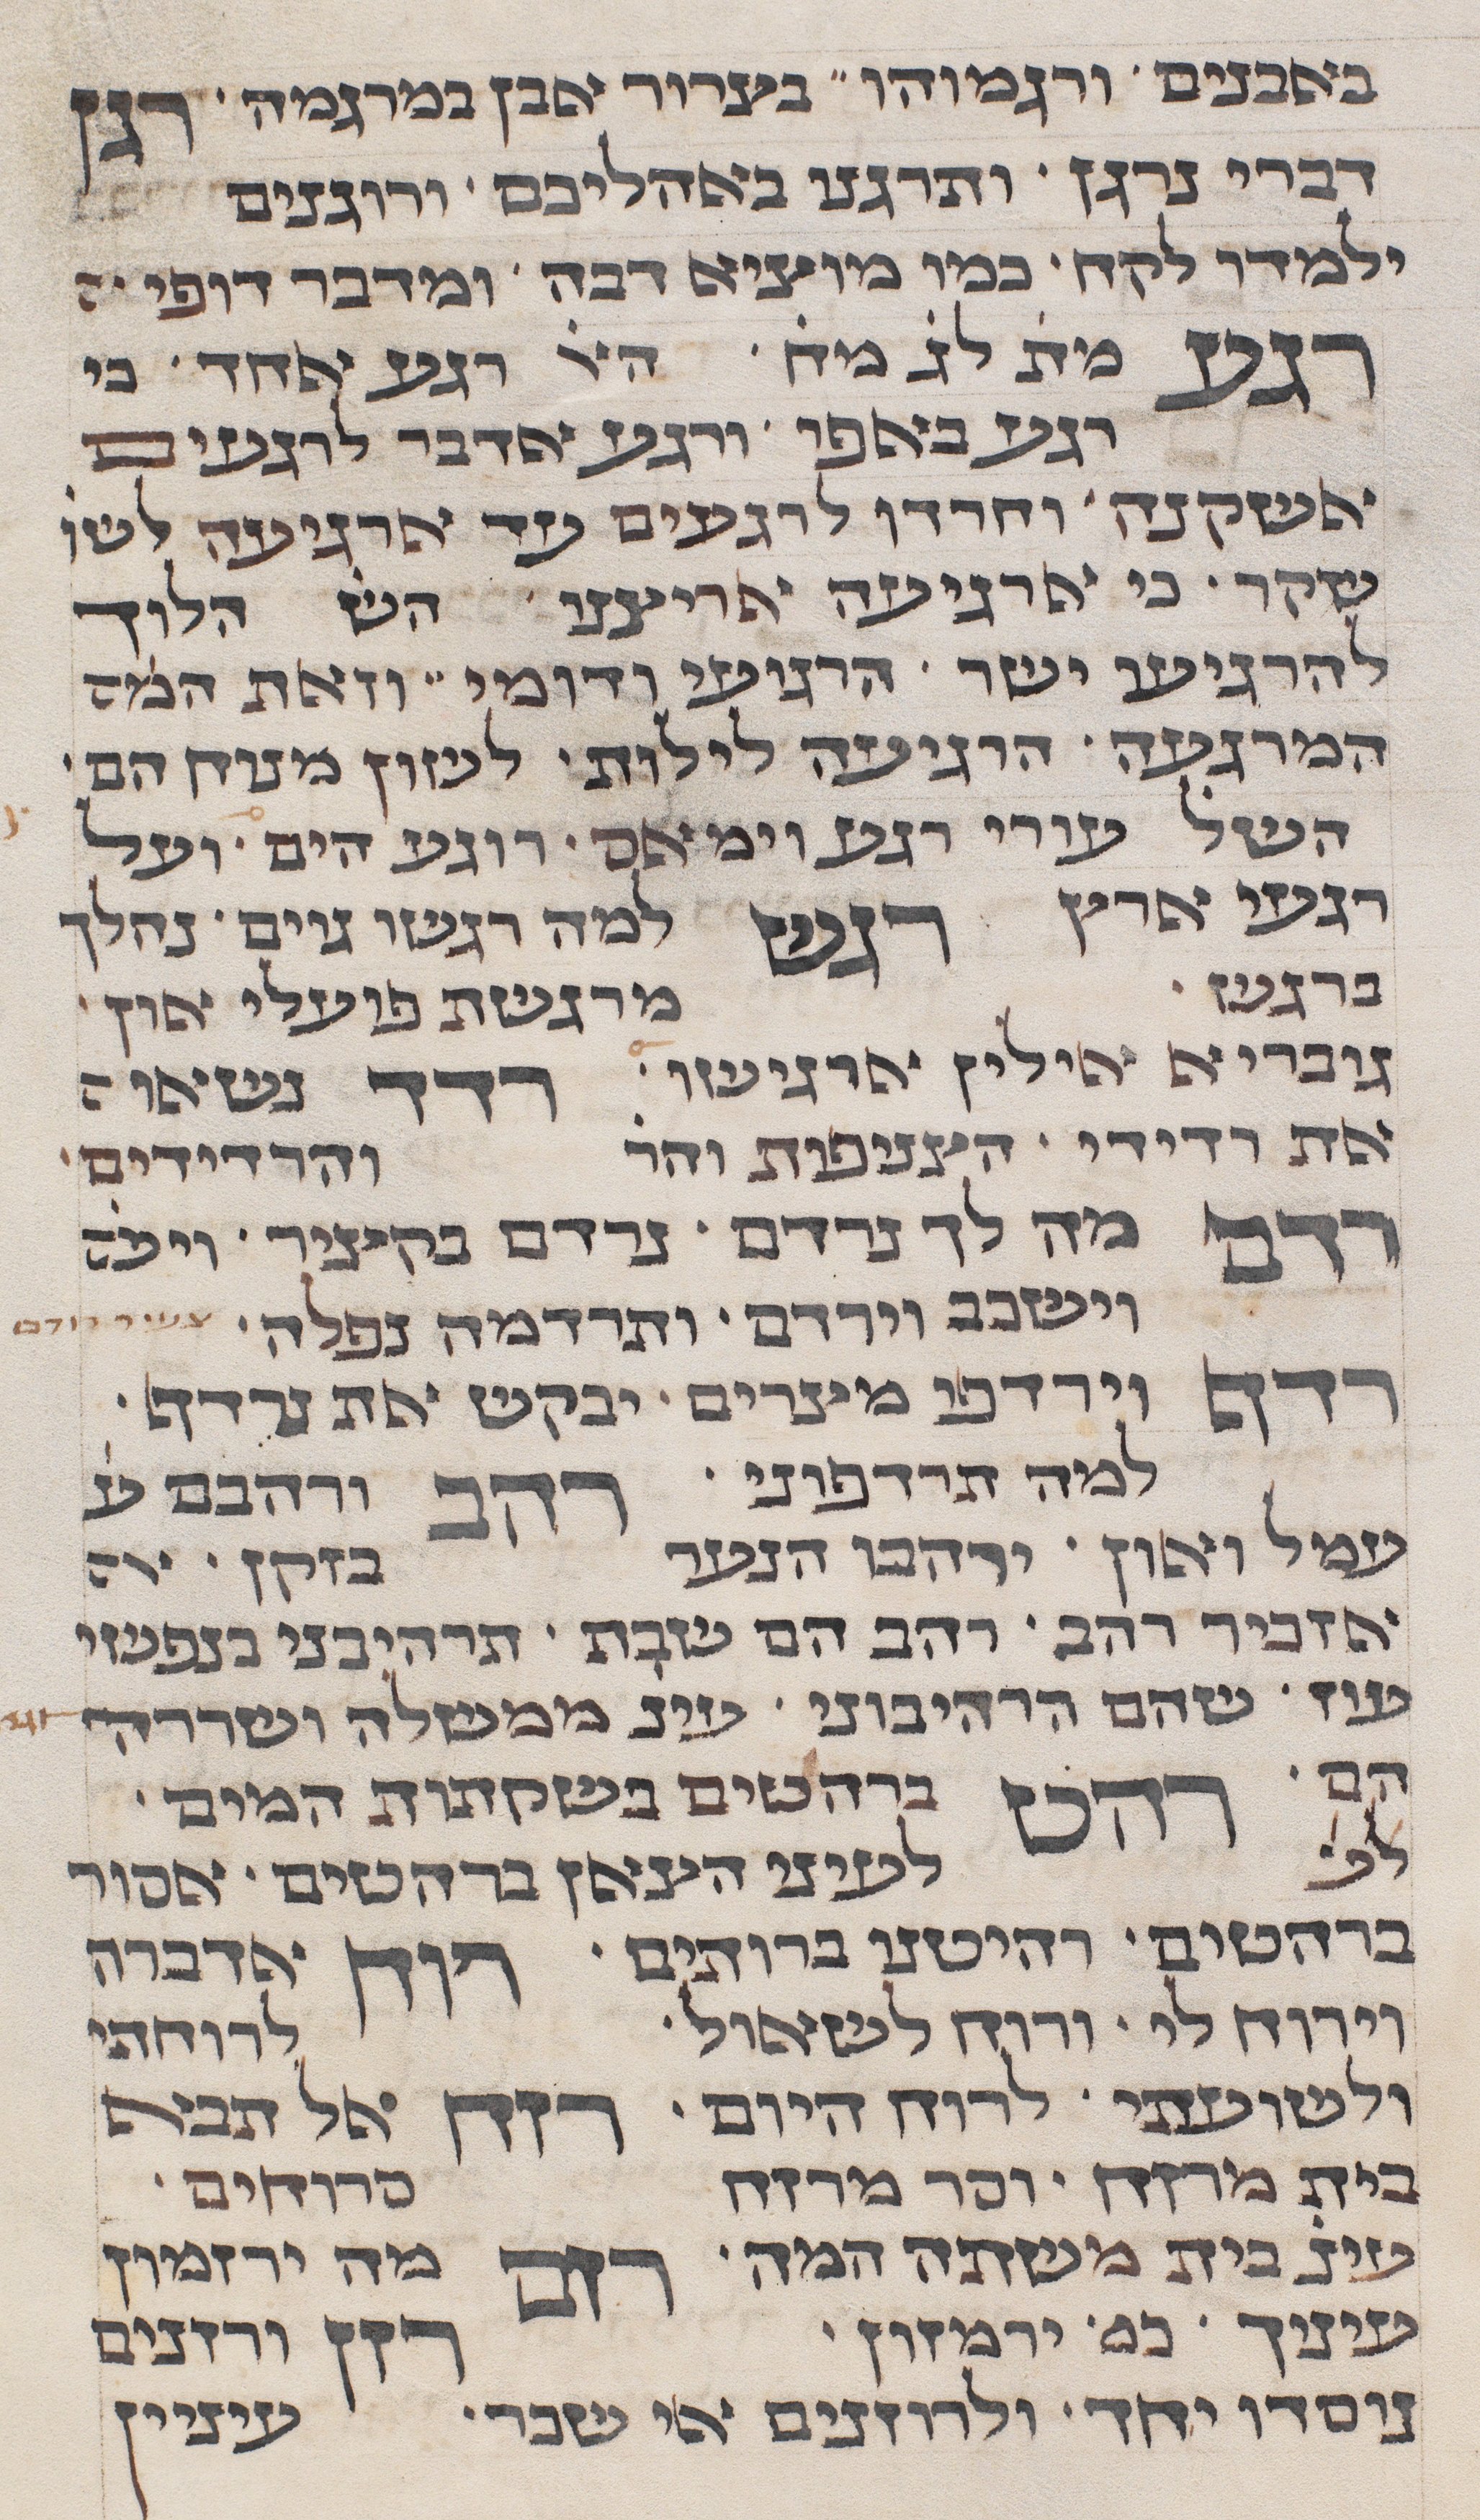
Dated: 1290–1290